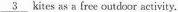
3 kites as a free outdoor activity.